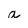
Character: a